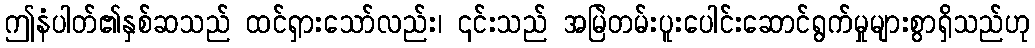
ဤနံပါတ်၏နှစ်ဆသည် ထင်ရှားသော်လည်း၊ ၎င်းသည် အမြဲတမ်းပူးပေါင်းဆောင်ရွက်မှုများစွာရှိသည်ဟု